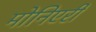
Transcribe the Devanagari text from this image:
मोनिएरी